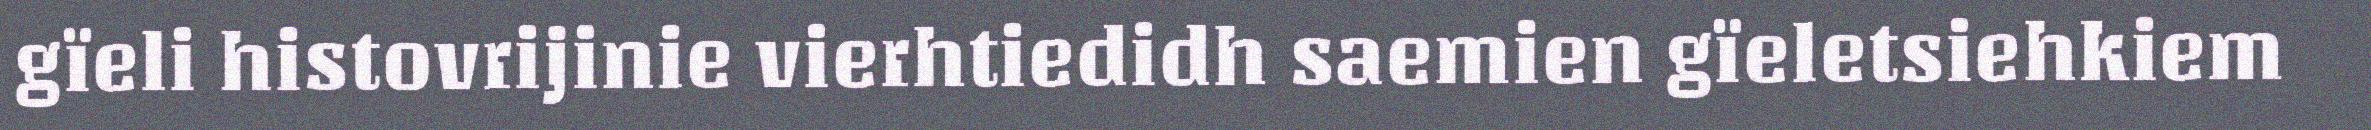
gïeli histovrijinie vierhtiedidh saemien gïeletsiehkiem